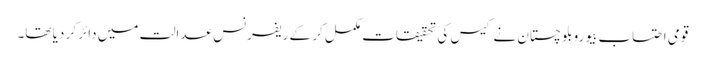
قومی احتساب بیورو بلوچستان نے کیس کی تحقیقات مکمل کر کے ریفرنس عدالت میں دائر کر دیا تھا۔